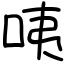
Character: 咦